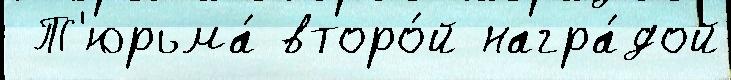
 Т'юрьма́ второ́й награ́дой